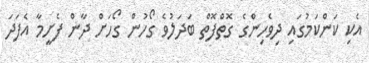
އެކި ކަންކަމުގައި ދިވެހިންގެ ގޮތްފޮތް ބަދަލުވެ ގޯހުން ގޯހަށް ދާން ފެށީމާ އެފަދަ